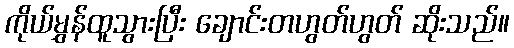
ကိုယ်မွှန်ထူသွားပြီး ချောင်းတဟွတ်ဟွတ် ဆိုးသည်။